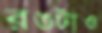
রঙটাও